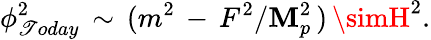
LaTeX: \phi_{\mathscr{T}oday}^{2}\, \sim\, (m^{2}\, -\, F^{2}/\mathbf{M}_{p}^{2}\, )\, \simH^{2}.